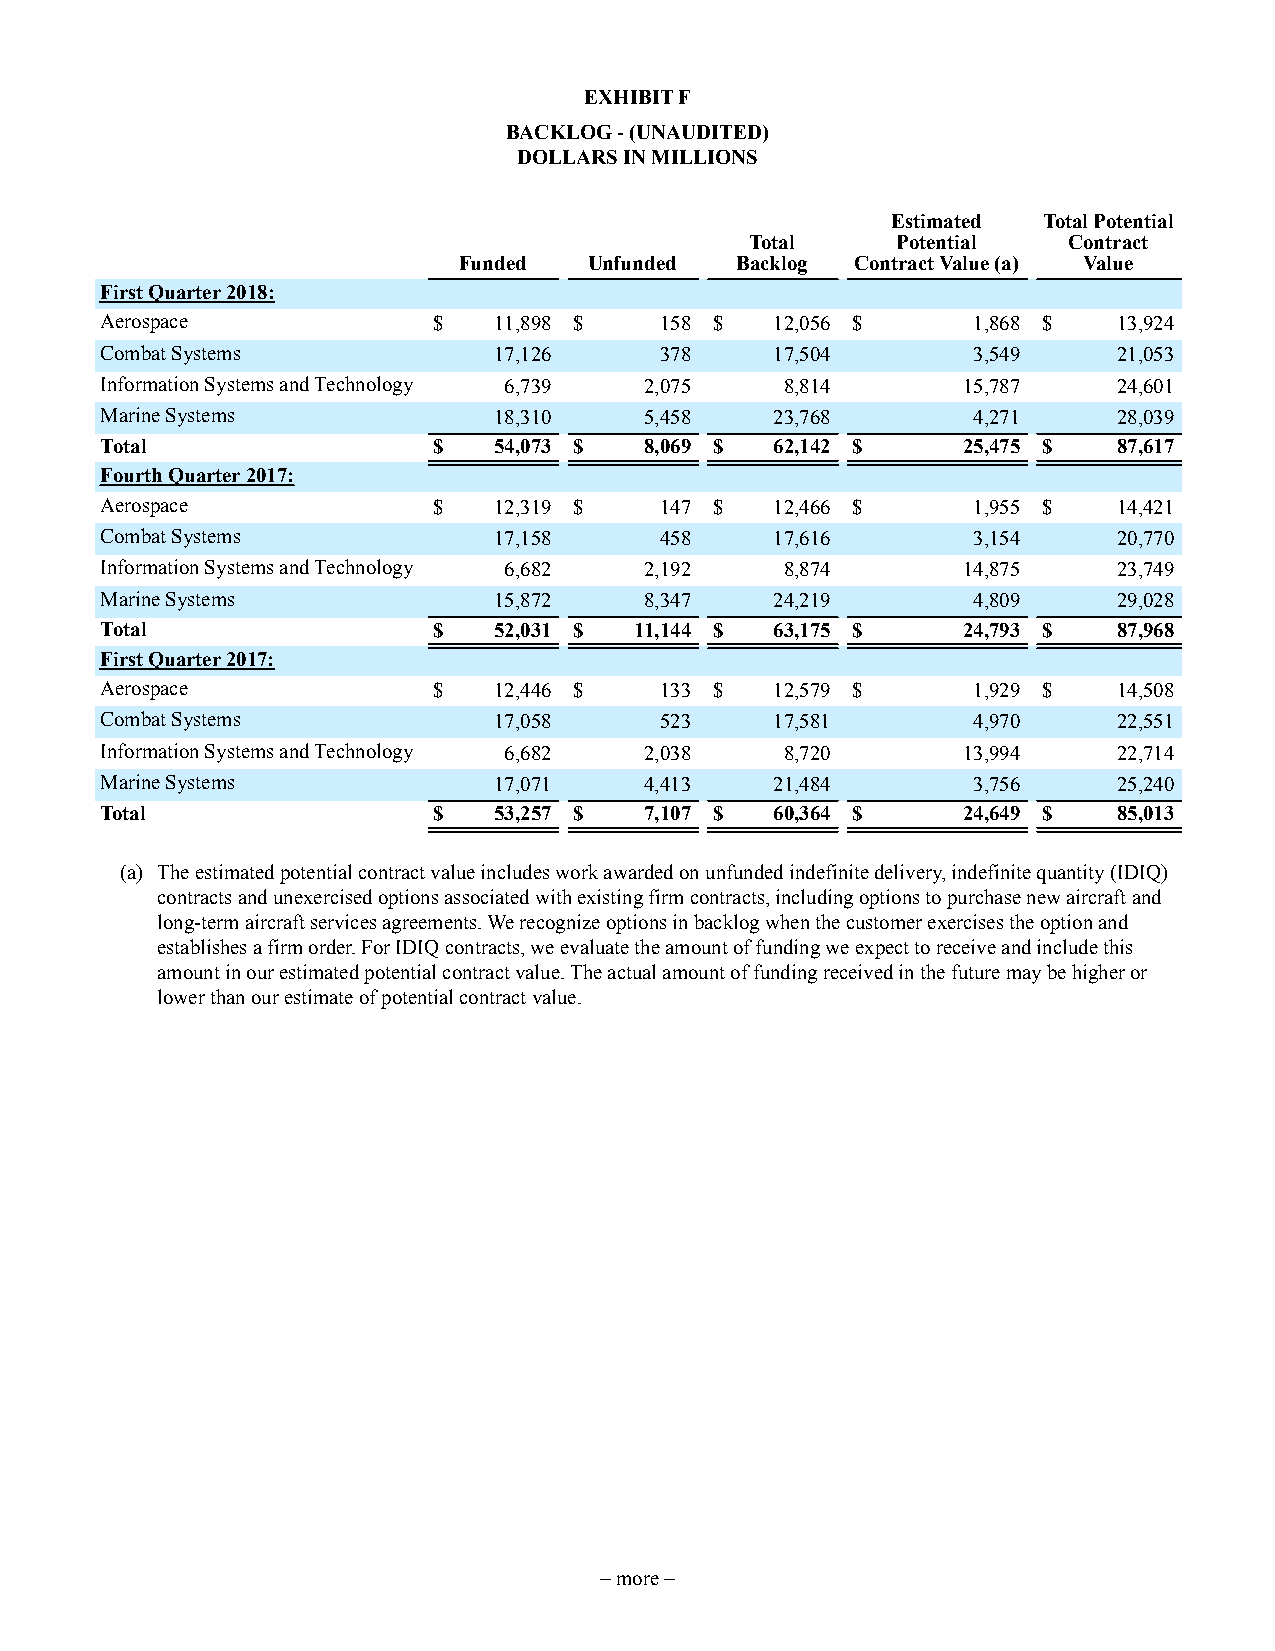
EXHIBIT F
 BACKLOG - (UNAUDITED)
 DOLLARS IN MILLIONS
 Estimated Total Potential
 Total    Potential   Contract
 Funded   Unfunded  Backlog Contract Value (a) Value
 First Quarter 2018:
 Aerospace             $   11,898 $   158 $  12,056 $     1,868 $   13,924
 Combat Systems            17,126     378    17,504       3,549     21,053
 Information Systems and Technology 6,739 2,075 8,814     15,787    24,601
 Marine Systems            18,310    5,458   23,768       4,271     28,039
 Total                 $   54,073 $  8,069 $ 62,142 $     25,475 $  87,617
 Fourth Quarter 2017:
 Aerospace             $   12,319 $   147 $  12,466 $     1,955 $   14,421
 Combat Systems            17,158     458    17,616       3,154     20,770
 Information Systems and Technology 6,682 2,192 8,874     14,875    23,749
 Marine Systems            15,872    8,347   24,219       4,809     29,028
 Total                 $   52,031 $ 11,144 $ 63,175 $     24,793 $  87,968
 First Quarter 2017:
 Aerospace             $   12,446 $   133 $  12,579 $     1,929 $   14,508
 Combat Systems            17,058     523    17,581       4,970     22,551
 Information Systems and Technology 6,682 2,038 8,720     13,994    22,714
 Marine Systems            17,071    4,413   21,484       3,756     25,240
 Total                 $   53,257 $  7,107 $ 60,364 $     24,649 $  85,013
 (a) The estimated potential contract value includes work awarded on unfunded indefinite delivery, indefinite quantity (IDIQ)
 contracts and unexercised options associated with existing firm contracts, including options to purchase new aircraft and
 long-term aircraft services agreements. We recognize options in backlog when the customer exercises the option and
 establishes a firm order. For IDIQ contracts, we evaluate the amount of funding we expect to receive and include this
 amount in our estimated potential contract value. The actual amount of funding received in the future may be higher or
 lower than our estimate of potential contract value.
 – more –